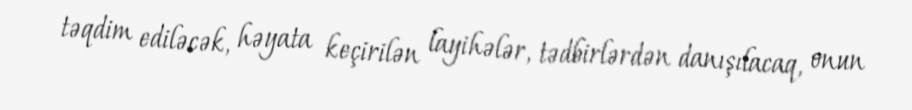
təqdim ediləcək, həyata keçirilən layihələr, tədbirlərdən danışılacaq, onun